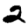
Digit: 2